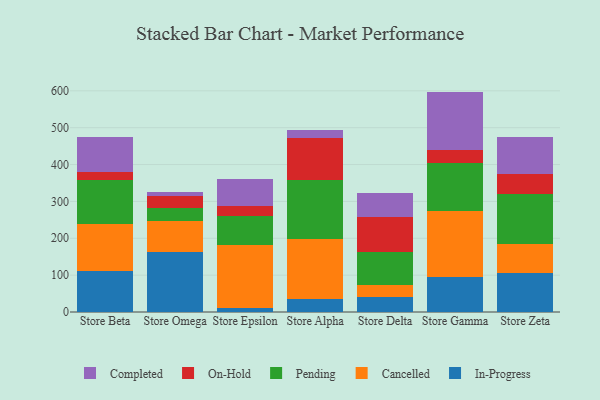
{"axis": {"x": "Store", "y": "Waste Production (Tons)"}, "legend": ["Cancelled", "Completed", "In-Progress", "On-Hold", "Pending"], "data": [{"x": "Store Beta", "y": 110.5, "type": "In-Progress"}, {"x": "Store Beta", "y": 129.0, "type": "Cancelled"}, {"x": "Store Beta", "y": 117.8, "type": "Pending"}, {"x": "Store Beta", "y": 23.4, "type": "On-Hold"}, {"x": "Store Beta", "y": 94.3, "type": "Completed"}, {"x": "Store Omega", "y": 162.8, "type": "In-Progress"}, {"x": "Store Omega", "y": 83.5, "type": "Cancelled"}, {"x": "Store Omega", "y": 36.8, "type": "Pending"}, {"x": "Store Omega", "y": 31.5, "type": "On-Hold"}, {"x": "Store Omega", "y": 9.6, "type": "Completed"}, {"x": "Store Epsilon", "y": 11.1, "type": "In-Progress"}, {"x": "Store Epsilon", "y": 169.7, "type": "Cancelled"}, {"x": "Store Epsilon", "y": 80.6, "type": "Pending"}, {"x": "Store Epsilon", "y": 25.4, "type": "On-Hold"}, {"x": "Store Epsilon", "y": 75.2, "type": "Completed"}, {"x": "Store Alpha", "y": 34.0, "type": "In-Progress"}, {"x": "Store Alpha", "y": 164.2, "type": "Cancelled"}, {"x": "Store Alpha", "y": 159.6, "type": "Pending"}, {"x": "Store Alpha", "y": 112.9, "type": "On-Hold"}, {"x": "Store Alpha", "y": 22.1, "type": "Completed"}, {"x": "Store Delta", "y": 41.3, "type": "In-Progress"}, {"x": "Store Delta", "y": 31.5, "type": "Cancelled"}, {"x": "Store Delta", "y": 89.6, "type": "Pending"}, {"x": "Store Delta", "y": 95.3, "type": "On-Hold"}, {"x": "Store Delta", "y": 65.0, "type": "Completed"}, {"x": "Store Gamma", "y": 95.6, "type": "In-Progress"}, {"x": "Store Gamma", "y": 178.7, "type": "Cancelled"}, {"x": "Store Gamma", "y": 130.4, "type": "Pending"}, {"x": "Store Gamma", "y": 34.7, "type": "On-Hold"}, {"x": "Store Gamma", "y": 158.5, "type": "Completed"}, {"x": "Store Zeta", "y": 105.1, "type": "In-Progress"}, {"x": "Store Zeta", "y": 80.6, "type": "Cancelled"}, {"x": "Store Zeta", "y": 133.9, "type": "Pending"}, {"x": "Store Zeta", "y": 54.3, "type": "On-Hold"}, {"x": "Store Zeta", "y": 102.0, "type": "Completed"}]}